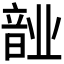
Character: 𬰺